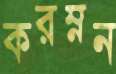
করম্নন